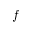
\boldsymbol { f }